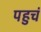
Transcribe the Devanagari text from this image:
पहुचं